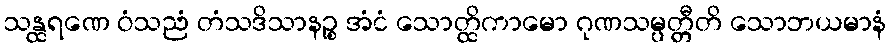
သန္ထရဏေ ဝံသညံ တံသဒိသာနဉ္စ အံငံ သောတ္ထိကာမော ဂုဏသမ္ပတ္တီတိ သောဘယမာနံ